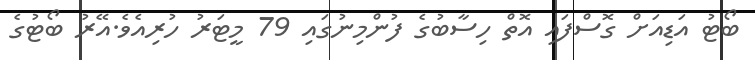
ބޯޓު އަޑިއަށް ގޮސްފައި އޮތް ހިސާބުގެ ފުންމިނުގައި 79 މީޓަރު ހުރިއެވެ.އޭރު ބޯޓުގެ